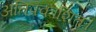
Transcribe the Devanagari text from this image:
अतिप्रकाशित।